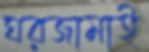
ঘরজামাই